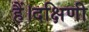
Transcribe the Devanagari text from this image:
हैं।दक्षिणी